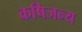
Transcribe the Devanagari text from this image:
कषिजन्य